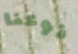
نوعنا